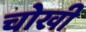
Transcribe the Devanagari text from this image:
चोखी